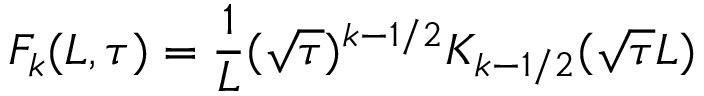
F _ { k } ( L , \tau ) = { \frac { 1 } { L } } ( \sqrt { \tau } ) ^ { k - 1 / 2 } K _ { k - 1 / 2 } ( \sqrt { \tau } L )